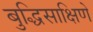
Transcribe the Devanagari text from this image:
बुद्धिसाक्षिणे